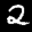
Label: 2